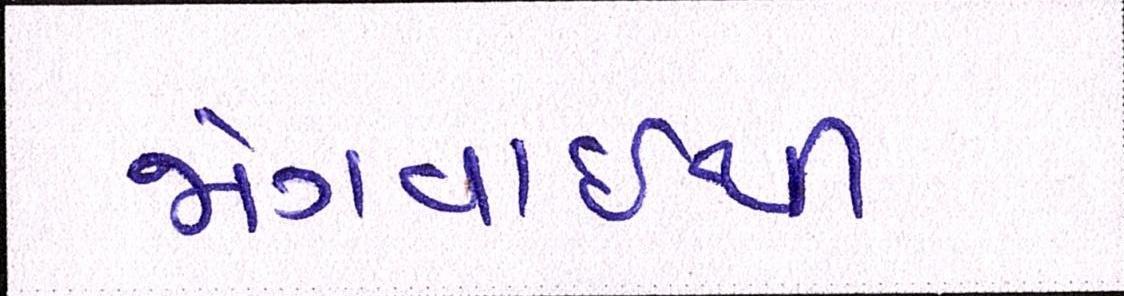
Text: જોગવાઈથી